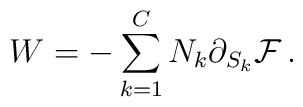
W = -\sum_{k=1}^{C}N_{k}\partial_{S_{k}}{\cal F}\, .